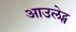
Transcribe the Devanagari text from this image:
आउलेट्स